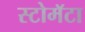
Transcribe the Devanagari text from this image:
स्टोमॅटा